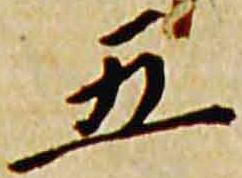
五